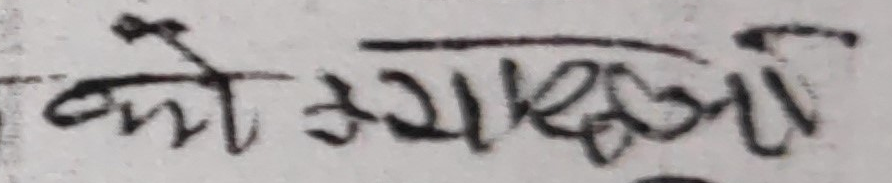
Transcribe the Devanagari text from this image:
को क्याराख्नु।